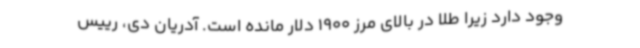
وجود دارد زیرا طلا در بالای مرز 1900 دلار مانده است. آدریان دی، رییس